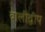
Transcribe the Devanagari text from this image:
बालीद्वीप